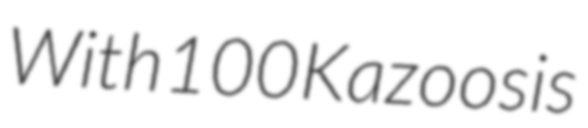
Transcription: With 100 Kazoos is